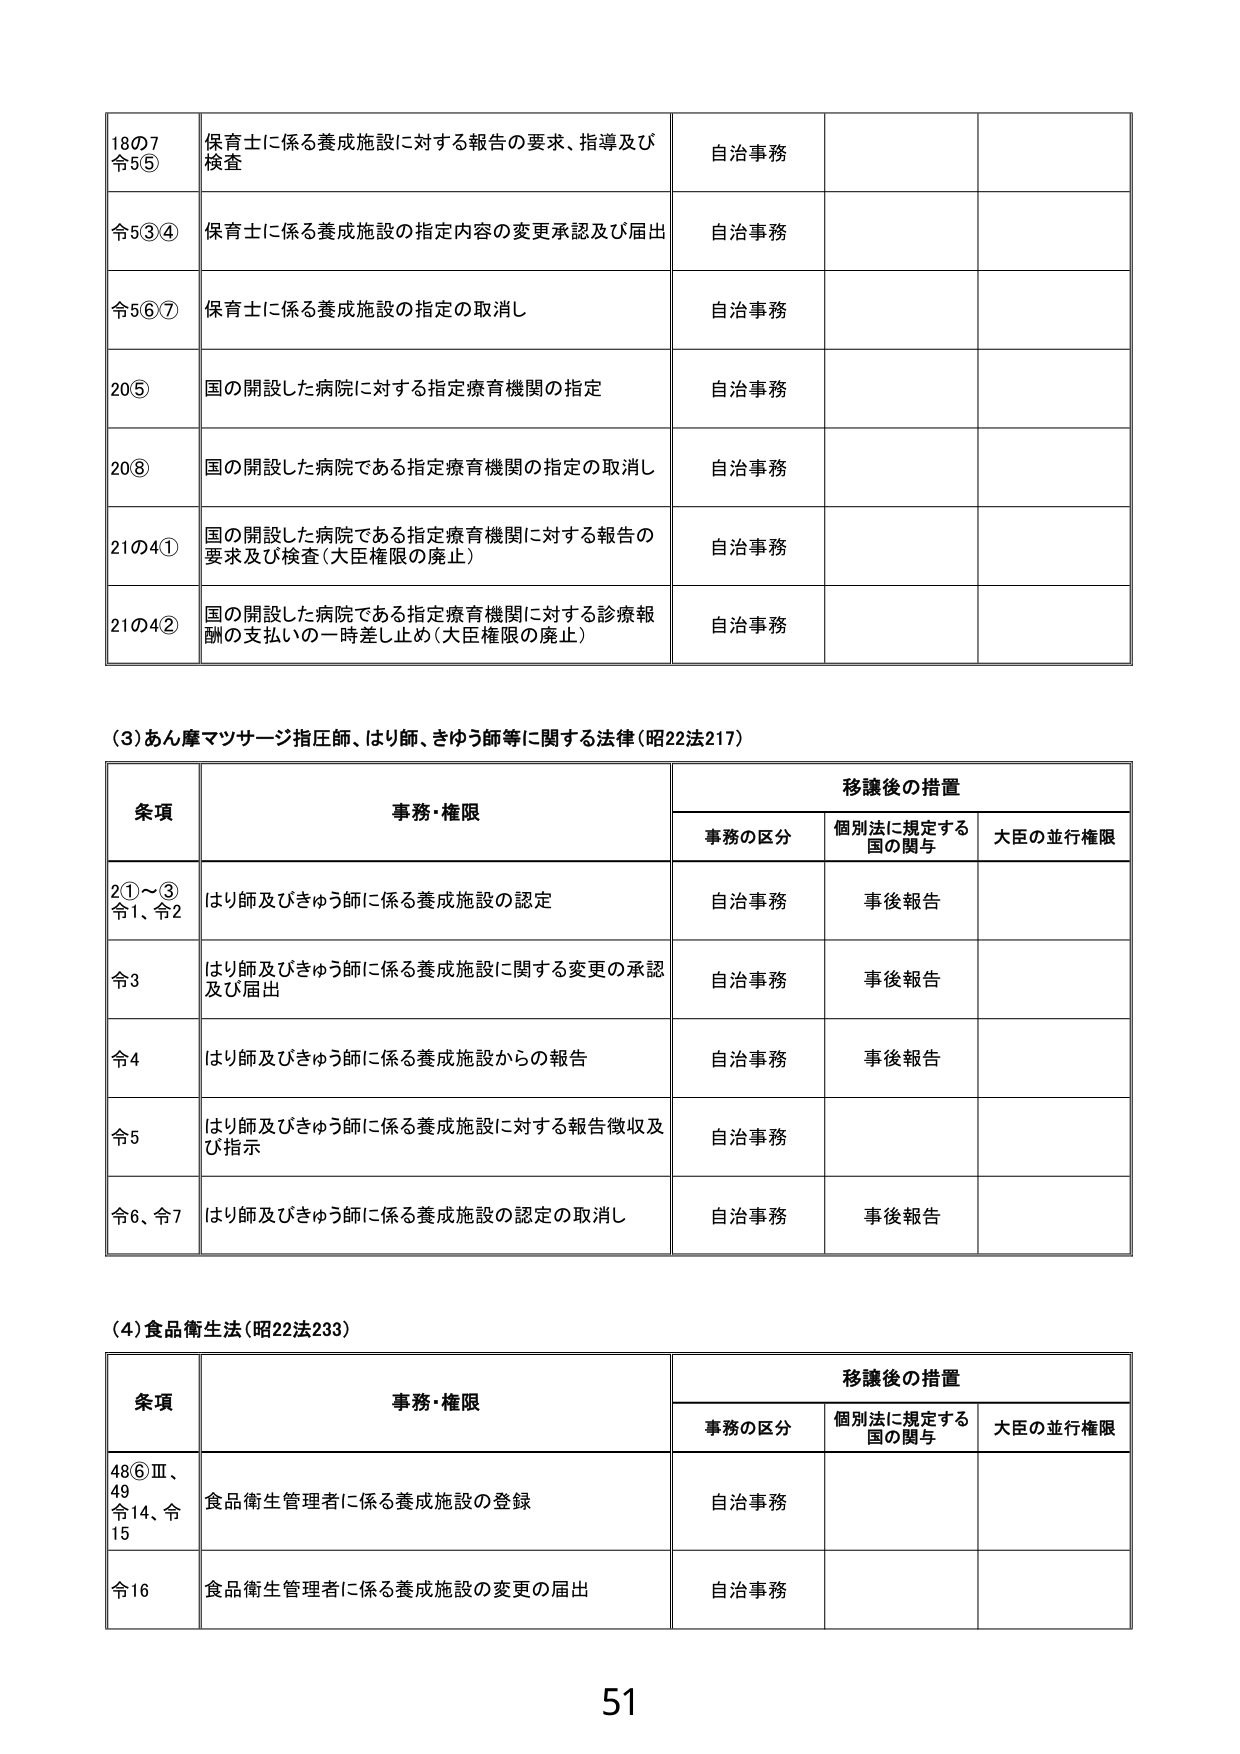
18の7
令5⑤
保育士に係る養成施設に対する報告の要求、指導及び検査
自治事務

令5③④
保育士に係る養成施設の指定内容の変更承認及び届出
自治事務

令5⑥⑦
保育士に係る養成施設の指定の取消し
自治事務

20⑤
国の開設した病院に対する指定療育機関の指定
自治事務

20⑧
国の開設した病院である指定療育機関の指定の取消し
自治事務

21の4①
国の開設した病院である指定療育機関に対する報告の要求及び検査（大臣権限の廃止）
自治事務

21の4②
国の開設した病院である指定療育機関に対する診療報酬の支払いの一時差し止め（大臣権限の廃止）
自治事務

（3）あん摩マツサージ指圧師、はり師、きゅう師等に関する法律（昭22法217）

条項
事務・権限
移譲後の措置
　事務の区分　個別法に規定する国の関与　大臣の並行権限

2①～③
令1、令2
はり師及びきゅう師に係る養成施設の認定
自治事務
事後報告

令3
はり師及びきゅう師に係る養成施設に関する変更の承認及び届出
自治事務
事後報告

令4
はり師及びきゅう師に係る養成施設からの報告
自治事務
事後報告

令5
はり師及びきゅう師に係る養成施設に対する報告徴収及び指示
自治事務

令6、令7
はり師及びきゅう師に係る養成施設の認定の取消し
自治事務
事後報告

（4）食品衛生法（昭22法233）

条項
事務・権限
移譲後の措置
　事務の区分　個別法に規定する国の関与　大臣の並行権限

48⑥Ⅲ、49
令14、令15
食品衛生管理者に係る養成施設の登録
自治事務

令16
食品衛生管理者に係る養成施設の変更の届出
自治事務

51